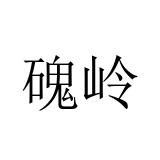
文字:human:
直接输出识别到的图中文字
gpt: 磈岭